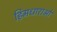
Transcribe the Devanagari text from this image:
हिमधाराओं